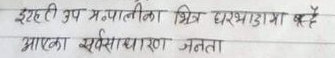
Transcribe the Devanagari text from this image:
इहती उपप्रणालीका चित्र घरभाडामा बुझै
आएका एससाधारण जनता